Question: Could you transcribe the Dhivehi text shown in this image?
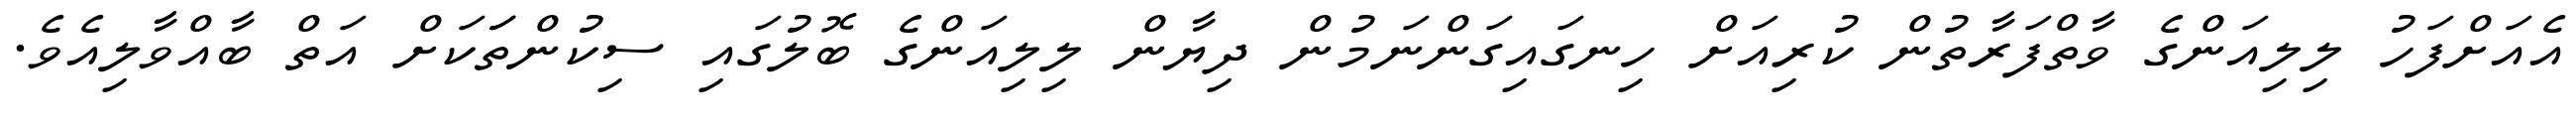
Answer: އެއަށްފަހު ލިލިއަންގެ ވާތްފަރާތުން ކުރިއަށް ހިނގައިގަންނަމުން ދިޔާން ލިލިއަންގެ ބޮލުގައި ސިކުންތަަކަށް އަތް ބާއްވާލިއެވެ.